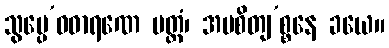
သွပ္ပေ’ဝဓာရဏေ မတ္တံ၊ အပစိတျ’စ္စနေ ခယေ။